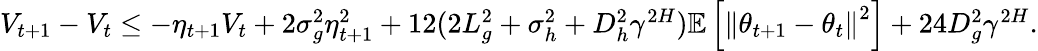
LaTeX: \begin{array}{r}{V_{t+1}-V_{t}\leq-\eta_{t+1}V_{t}+2\sigma_{g}^{2}\eta_{t+1}^{2}+12(2L_{g}^{2}+\sigma_{h}^{2}+D_{h}^{2}\gamma^{2H}){\mathbb E}\left[\left\| \theta_{t+1}-\theta_{t}\right\| ^{2}\right]+24D_{g}^{2}\gamma^{2{H}}.}\end{array}